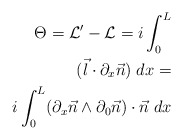
\begin{align*}\Theta = {\cal L}^{\prime} - {\cal L} = i \int_{0}^{L}\\ (\vec{l} \cdot \partial_{x}\vec{n})\; dx =\\ i \int_{0}^{L} (\partial_{x}\vec{n} \wedge \partial_{0}\vec{n})\cdot \vec{n} \; dx\end{align*}